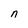
Character: n